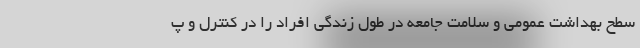
سطح بهداشت عمومی و سلامت جامعه در طول زندگی افراد را در کنترل و پ